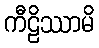
ကီဠိဿာမိ